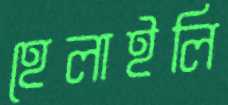
হেলাইলি